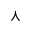
\curlywedge